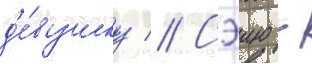
д'е́вушку // Сэию -